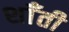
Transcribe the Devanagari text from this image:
शाँती